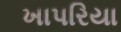
ખાપરિયા